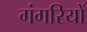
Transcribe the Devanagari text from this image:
गंगरियों